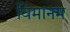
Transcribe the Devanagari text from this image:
विमानम